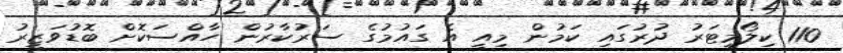
110 ކިލޯމީޓަރު ދުރުގައި ކަމުން މިއީ އެ ގައުމުގެ ސަރުކާރުން ހާއްސަކޮށް ބޮޑުވަޒީރު